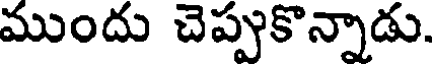
ముందు చెప్పుకొన్నాడు.